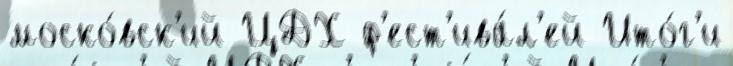
моско́вск'ий ЦДХ ф'ест'ива́л'ей Ито́г'и